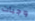
وجبات